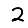
Digit: 2